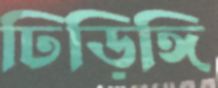
ঢিড়িঙ্গি